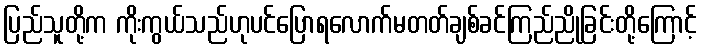
ပြည်သူတို့က ကိုးကွယ်သည်ဟုပင်ပြောရလောက်မတတ်ချစ်ခင်ကြည်ညိုခြင်းတို့ကြောင့်